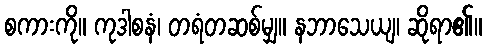
စကားကို။ ကုဒါစနံ၊ တရံတဆစ်မျှ။ နဘာသေယျ၊ ဆိုရာ၏။